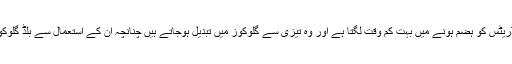
ان کے برعکس سادہ کاربوہائیڈریٹس کو ہضم ہونے میں بہت کم وقت لگتا ہے اور وہ تیزی سے گلوکوز میں تبدیل ہوجاتے ہیں چنانچہ ان کے استعمال سے بلڈ گلوکوز لیول تیزی سے بڑھ جاتاہے۔